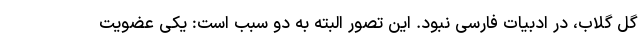
گل گلاب، در ادبیات فارسی نبود. این تصور البته به دو سبب است: یکی عضویت